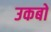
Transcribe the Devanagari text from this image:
उकबो